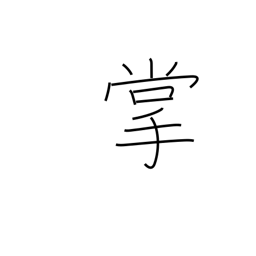
Meaning: palm of hand